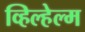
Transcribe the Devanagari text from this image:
व्हिल्हेल्म